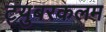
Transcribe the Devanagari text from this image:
ट्युबरकलम